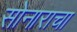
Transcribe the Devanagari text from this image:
सोनाराचा